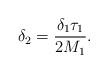
LaTeX: \begin{align*}\delta_2=\frac{\delta_1\tau_1}{2 M_1}.\end{align*}